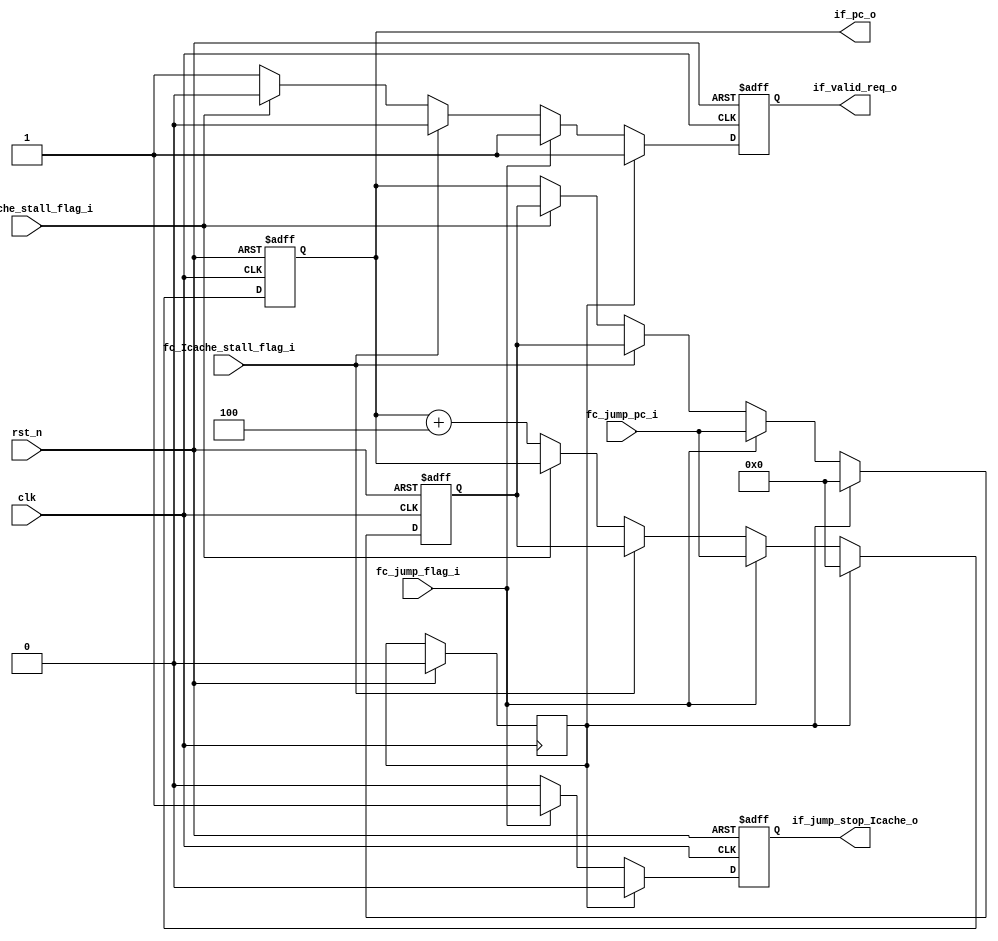
module if_stage (
    input   wire                    clk,
    input   wire                    rst_n,

    //to Icache, if_id_reg
    output  reg             [31:0]  if_pc_o,
    //to Icache
    output  reg                     if_valid_req_o,
    //from fc
    input   wire                    fc_Icache_stall_flag_i,
    input   wire                    fc_Dcache_stall_flag_i,

    input   wire            [31:0]  fc_jump_pc_i,
    input   wire                    fc_jump_flag_i,
    //to fc
    output  reg                     if_jump_stop_Icache_o
    
);

    reg start_flag = 1'b1;   //fc_Icache_stall_flag_i will be 1 in first cycle

    reg [31:0] pc_before_stall;


    always @(posedge clk or negedge rst_n) begin
        if(rst_n == 1'b0)begin
            if_pc_o <= 32'h0;
            if_valid_req_o <= 1'b0;
            pc_before_stall <= 32'h0;

            if_jump_stop_Icache_o <= 1'b0;
        end
        else if(start_flag == 1'b1) begin 
            if_pc_o <= 32'h0;
            pc_before_stall <= 32'h0;
            if_valid_req_o <= 1'b1;
            start_flag <= 1'b0;

            if_jump_stop_Icache_o <= 1'b0;
        end 
        else if(fc_jump_flag_i == 1'b1) begin
            if_pc_o <= fc_jump_pc_i;
            pc_before_stall <= fc_jump_pc_i;  //notion
            if_valid_req_o <= 1'b1;
            if_jump_stop_Icache_o <= 1'b1;
        end
        else if(fc_Icache_stall_flag_i == 1'b1) begin
            if_pc_o <= pc_before_stall;
            if_valid_req_o <= 1'b0;          //if stall, no more req    

            if_jump_stop_Icache_o <= 1'b0;
        end
        else if(fc_Dcache_stall_flag_i == 1'b1) begin
            if_pc_o <= if_pc_o;
            if_valid_req_o <= 1'b0;           

            if_jump_stop_Icache_o <= 1'b0;
        end
        
        else begin
            if_pc_o <= if_pc_o + 32'h4;
            pc_before_stall <= if_pc_o;
            if_valid_req_o <= 1'b1;

            if_jump_stop_Icache_o <= 1'b0;
        end
    end


    
endmodule